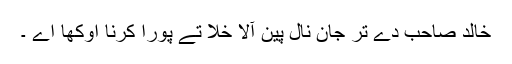
خالد صاحب دے تر جان نال پین آلا خلا تے پورا کرنا اوکھا اے ۔